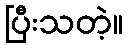
ပြီးသတဲ့။